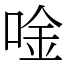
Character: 唫